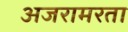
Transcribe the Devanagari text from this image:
अजरामरता